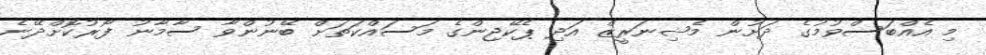
މި އެއްބަސްވުމުގެ ދަށުން މެޝިނަރީޒް އަދި ޕެކޭޖިންގެ މަސައްކަތަށް ބޭނުންވާ ސާމާނު ފޯރުކޮށްދޭނެ